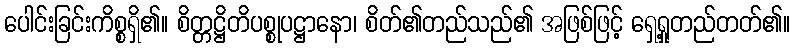
ပေါင်းခြင်းကိစ္စရှိ၏။ စိတ္တဋ္ဌိတိပစ္စုပဋ္ဌာနော၊ စိတ်၏တည်သည်၏ အဖြစ်ဖြင့် ရှေ့ရှုတည်တတ်၏။